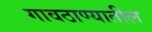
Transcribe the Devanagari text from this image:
गावठाण्यातील